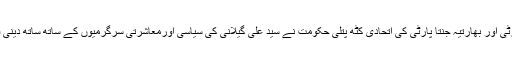
حریت ترجمان نے ایک بیان میںکہا کہ پیپلز ڈیموکریٹک پارٹی اور بھارتیہ جنتا پارٹی کی اتحادی کٹھ پتلی حکومت نے سید علی گیلانی کی سیاسی اورمعاشرتی سرگرمیوں کے ساتھ ساتھ دینی فرائض کی ادائیگی پر بھی مکمل پابندی عائد کر رکھی ہے ۔